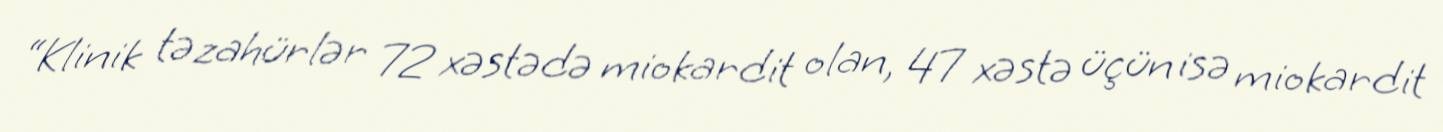
“Klinik təzahürlər 72 xəstədə miokardit olan, 47 xəstə üçün isə miokardit